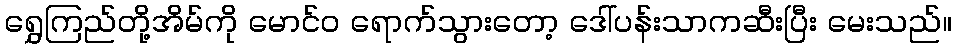
ရွှေကြည်တို့အိမ်ကို မောင်ဝ ရောက်သွားတော့ ဒေါ်ပန်းသာကဆီးပြီး မေးသည်။